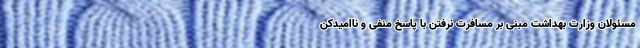
مسئولان وزارت بهداشت مبنی بر مسافرت نرفتن با پاسخ منفی و ناامیدکن